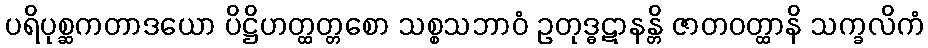
ပရိပုစ္ဆကတာဒယော ပိဋ္ဌိဟတ္ထတ္တစော သစ္စသဘာဝံ ဥတုဒ္ဓဋာနန္တိ ဇာတဝတ္ထာနိ သက္ခလိကံ